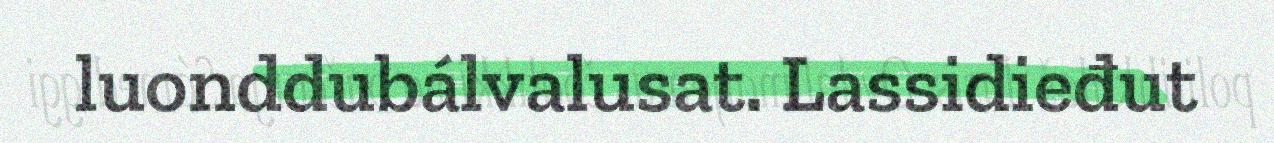
luonddubálvalusat. Lassidieđut